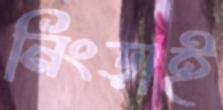
নিংড়াই